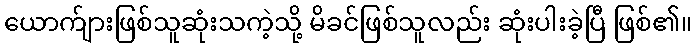
ယောက်ျားဖြစ်သူဆုံးသကဲ့သို့ မိခင်ဖြစ်သူလည်း ဆုံးပါးခဲ့ပြီ ဖြစ်၏။